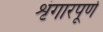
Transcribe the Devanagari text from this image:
शृंगारपूर्ण